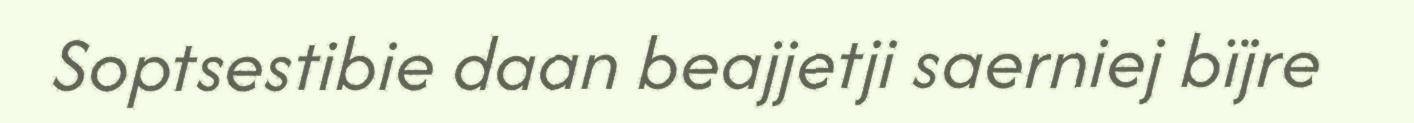
Soptsestibie daan beajjetji saerniej bïjre